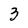
Character: 3